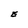
Character: E